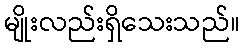
မျိုးလည်းရှိသေးသည်။